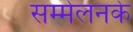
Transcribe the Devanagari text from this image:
सम्मेलनके